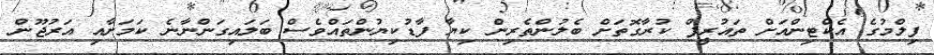
ފިލްމުގެ އެކްޓިންއަށް ތައުރީފް ކުރާގޮތަށް ބެލުންތެރިން ކިޔާ ފާޑުކިޔުންތައްވެސް ބަލައިގަންނާނެ ކަމަށާއި އަރުޖޫން